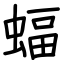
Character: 蝠